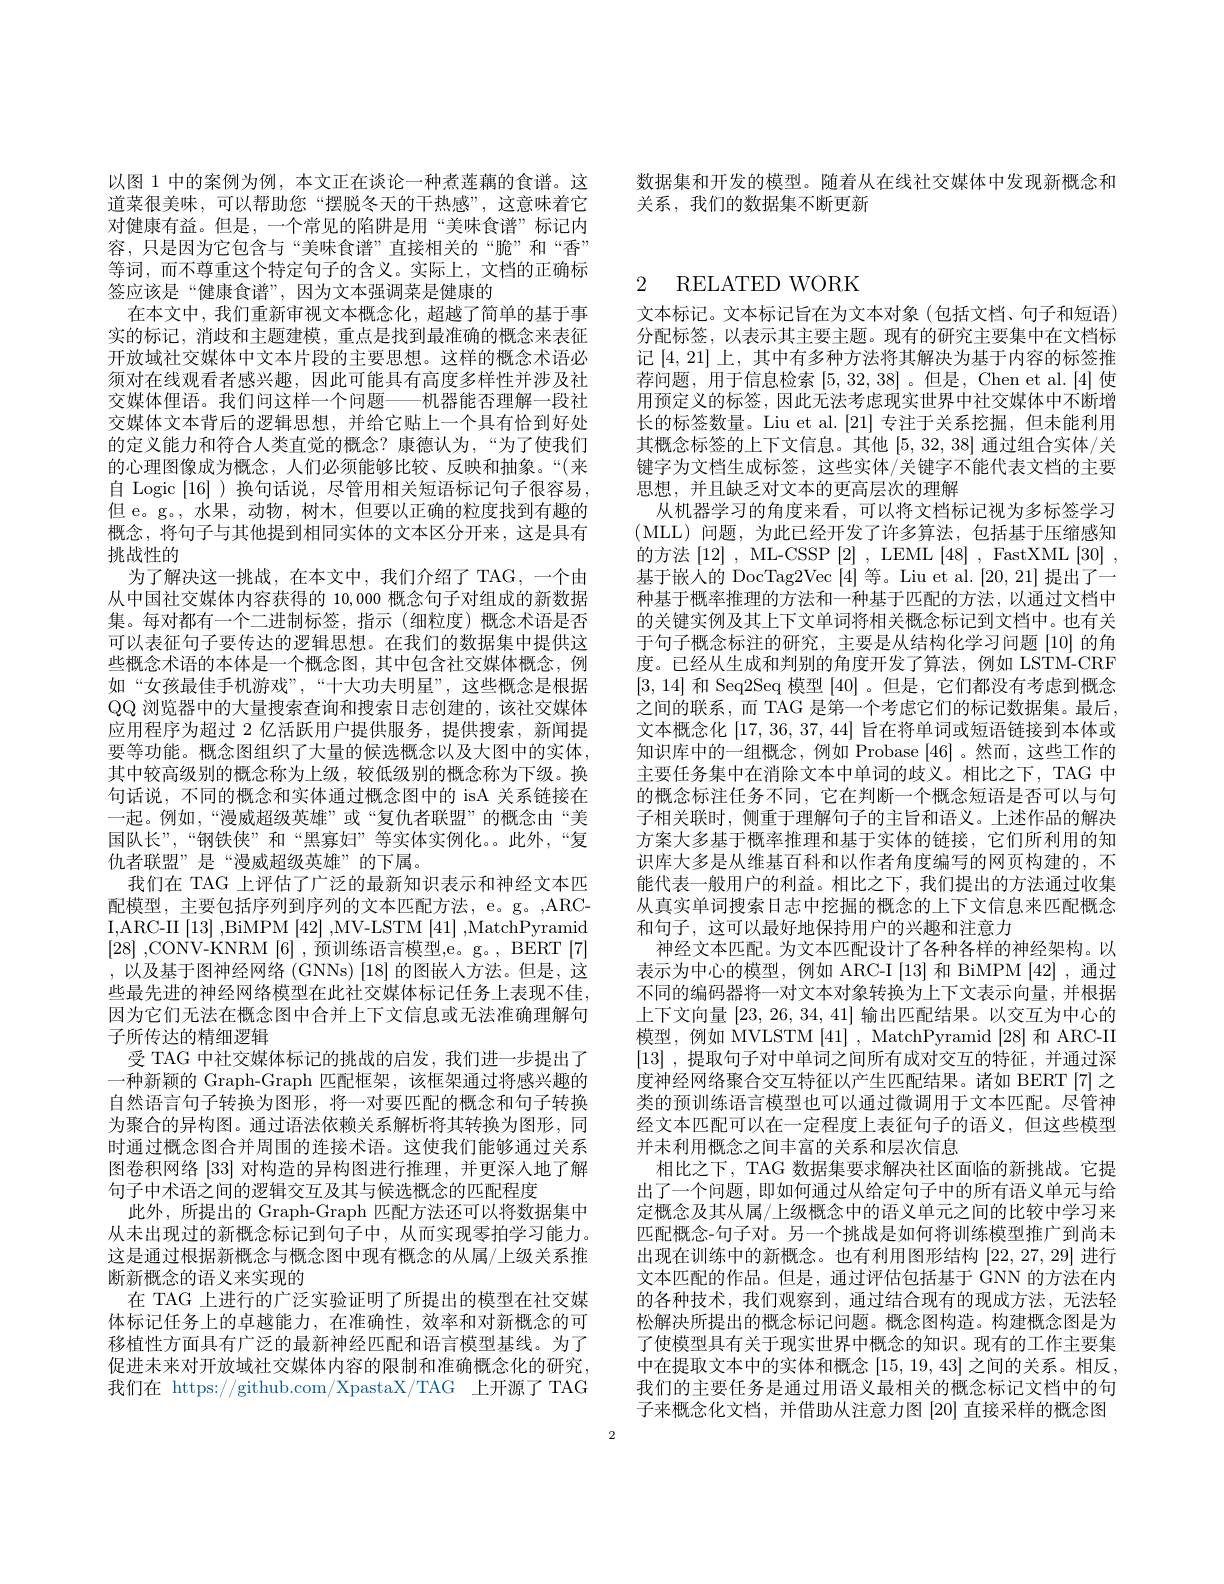
数据集和开发的模型。随着从在线社交媒体中发现新概念和
关系，我们的数据集不断更新

以图 1 中的案例为例，本文正在谈论一种煮莲藕的食谱。这道菜很美味，可以帮助您“摆脱冬天的干热感”,这意味着它对健康有益。但是，一个常见的陷阱是用“美味食谱”标记内容，只是因为它包含与“美味食谱”直接相关的“脆”和“香” 等词，而不尊重这个特定句子的含义。实际上，文档的正确标签应该是“健康食谱”,因为文本强调菜是健康的
在本文中，我们重新审视文本概念化，超越了简单的基于事实的标记，消歧和主题建模，重点是找到最准确的概念来表征开放域社交媒体中文本片段的主要思想。这样的概念术语必须对在线观看者感兴趣，因此可能具有高度多样性并涉及社交媒体俚语。我们问这样一个问题——机器能否理解一段社交媒体文本背后的逻辑思想，并给它贴上一个具有恰到好处的定义能力和符合人类直觉的概念？康德认为，“为了使我们的心理图像成为概念，人们必须能够比较、反映和抽象。“(来自 Logic [16] )换句话说，尽管用相关短语标记句子很容易， 但 e。g。, 水果，动物，树木，但要以正确的粒度找到有趣的概念，将句子与其他提到相同实体的文本区分开来，这是具有挑战性的
为了解决这一挑战，在本文中，我们介绍了 TAG, 一个由从中国社交媒体内容获得的10，000概念句子对组成的新数据集。每对都有一个二进制标签，指示(细粒度)概念术语是否可以表征句子要传达的逻辑思想。在我们的数据集中提供这些概念术语的本体是一个概念图，其中包含社交媒体概念，例如“女孩最佳手机游戏”,“十大功夫明星”,这些概念是根据$\mathbb{QQ}$浏览器中的大量搜索查询和搜索日志创建的，该社交媒体应用程序为超过 2 亿活跃用户提供服务，提供搜索，新闻提要等功能。概念图组织了大量的候选概念以及大图中的实体， 其中较高级别的概念称为上级，较低级别的概念称为下级。换句话说，不同的概念和实体通过概念图中的 isA 关系链接在一起。例如，“漫威超级英雄”或“复仇者联盟”的概念由“美国队长”,“钢铁侠”和“黑寡妇”等实体实例化。。此外，“复仇者联盟”是“漫威超级英雄”的下属。
我们在 TAG 上评估了广泛的最新知识表示和神经文本匹配模型，主要包括序列到序列的文本匹配方法，e。g。,ARCI, ARC- II $\left [ 13\right ] $,BiMPM$\left[42\right]$,MV-LSTM$\left[41\right]$,MatchPyramid [28] ,CONV-KNRM [6] ,预训练语言模型，e。g。, BERT [7] ,以及基于图神经网络 (GNNs) [18]的图嵌入方法。但是，这些最先进的神经网络模型在此社交媒体标记任务上表现不佳， 因为它们无法在概念图中合并上下文信息或无法准确理解句子所传达的精细逻辑
受 TAG 中社交媒体标记的挑战的启发，我们进一步提出了一种新颖的 Graph-Graph 匹配框架，该框架通过将感兴趣的自然语言句子转换为图形，将一对要匹配的概念和句子转换为聚合的异构图。通过语法依赖关系解析将其转换为图形，同时通过概念图合并周围的连接术语。这使我们能够通过关系图卷积网络[33]对构造的异构图进行推理，并更深入地了解句子中术语之间的逻辑交互及其与候选概念的匹配程度
此外，所提出的 Graph-Graph 匹配方法还可以将数据集中从未出现过的新概念标记到句子中，从而实现零拍学习能力。这是通过根据新概念与概念图中现有概念的从属/上级关系推断新概念的语义来实现的
在 TAG 上进行的广泛实验证明了所提出的模型在社交媒体标记任务上的卓越能力，在准确性，效率和对新概念的可移植性方面具有广泛的最新神经匹配和语言模型基线。为了促进未来对开放域社交媒体内容的限制和准确概念化的研究， 我们在 https://github.com/XpastaX/TAG 上开源了 TAG

# 2 RELATED WORK

文本标记。文本标记旨在为文本对象(包括文档、句子和短语) 分配标签，以表示其主要主题。现有的研究主要集中在文档标记[4,21] 上，其中有多种方法将其解决为基于内容的标签推荐问题，用于信息检索[5,32,38]。但是，Chen et al.[4]使用预定义的标签，因此无法考虑现实世界中社交媒体中不断增长的标签数量。Liu et al.[21]专注于关系挖掘，但未能利用其概念标签的上下文信息。其他[5,32,38]通过组合实体/关键字为文档生成标签，这些实体/关键字不能代表文档的主要思想，并且缺乏对文本的更高层次的理解
从机器学习的角度来看，可以将文档标记视为多标签学习(MLL)问题，为此已经开发了许多算法，包括基于压缩感知的方法$\left[12\right]$,ML-CSSP$\left[2\right]$,LEML$\left[48\right]$,FastXML$\left[30\right]$, 基于嵌人的 DocTag2Vec [4]等。Liu et al.[20,21]提出了一种基于概率推理的方法和一种基于匹配的方法，以通过文档中的关键实例及其上下文单词将相关概念标记到文档中。也有关于句子概念标注的研究，主要是从结构化学习问题[10]的角度。已经从生成和判别的角度开发了算法，例如 LSTM-CRF [3,14]和 Seq2Seq 模型[40]。但是，它们都没有考虑到概念之间的联系，而 TAG 是第一个考虑它们的标记数据集。最后， 文本概念化[17,36,37,44]旨在将单词或短语链接到本体或知识库中的一组概念，例如 Probase [46] 。然而，这些工作的主要任务集中在消除文本中单词的歧义。相比之下，TAG 中的概念标注任务不同，它在判断一个概念短语是否可以与句子相关联时，侧重于理解句子的主旨和语义。上述作品的解决方案大多基于概率推理和基于实体的链接，它们所利用的知识库大多是从维基百科和以作者角度编写的网页构建的，不能代表一般用户的利益。相比之下，我们提出的方法通过收集从真实单词搜索日志中挖掘的概念的上下文信息来匹配概念和句子，这可以最好地保持用户的兴趣和注意力
神经文本匹配。为文本匹配设计了各种各样的神经架构。以表示为中心的模型，例如 ARC-I [13] 和 BiMPM [42] ,通过不同的编码器将一对文本对象转换为上下文表示向量，并根据上下文向量[23,26,34,41]输出匹配结果。以交互为中心的模型，例如 MVLSTM [41], MatchPyramid [28]和 ARC-II [13] ,提取句子对中单词之间所有成对交互的特征，并通过深度神经网络聚合交互特征以产生匹配结果。诸如 BERT [7]之类的预训练语言模型也可以通过微调用于文本匹配。尽管神经文本匹配可以在一定程度上表征句子的语义，但这些模型并未利用概念之间丰富的关系和层次信息
相比之下，TAG 数据集要求解决社区面临的新挑战。它提出了一个问题，即如何通过从给定句子中的所有语义单元与给定概念及其从属/上级概念中的语义单元之间的比较中学习来匹配概念-句子对。另一个挑战是如何将训练模型推广到尚未出现在训练中的新概念。也有利用图形结构[22,27,29]进行文本匹配的作品。但是，通过评估包括基于 GNN 的方法在内的各种技术，我们观察到，通过结合现有的现成方法，无法轻松解决所提出的概念标记问题。概念图构造。构建概念图是为了使模型具有关于现实世界中概念的知识。现有的工作主要集中在提取文本中的实体和概念 [15,19,43] 之间的关系。相反， 我们的主要任务是通过用语义最相关的概念标记文档中的句子来概念化文档，并借助从注意力图[20]直接采样的概念图